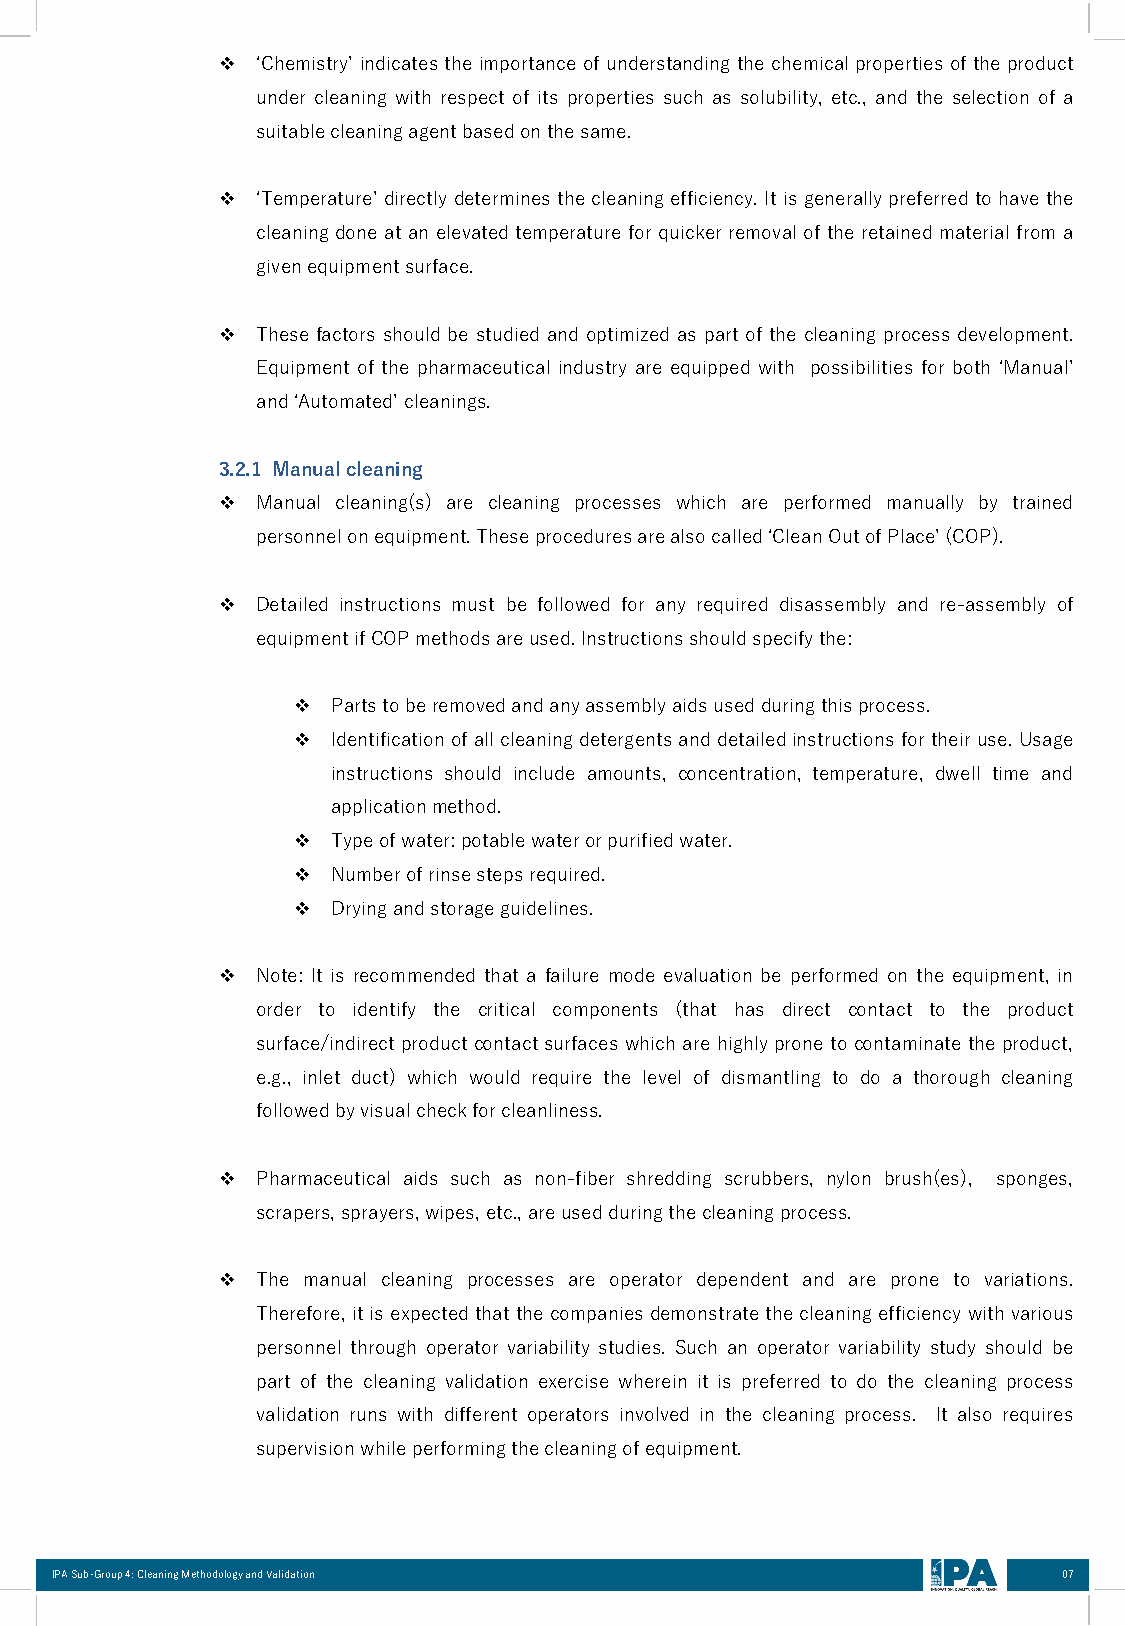
❖  ‘Chemistry’ indicates the importance of understanding the chemical properties of the product
 under cleaning with respect of its properties such as solubility, etc., and the selection of a
 suitablecleaningagentbasedonthesame.
 ❖  ‘Temperature’directly determines the cleaning efficiency.It is generally preferred to have the
 cleaning done at an elevatedtemperature for quicker removal of the retained material from a
 givenequipmentsurface.
 ❖  These factors should be studied and optimized as part of the cleaning process development.
 Equipment of the pharmaceutical industry are equipped with possibilities for both ‘Manual’
 and‘Automated’cleanings.
 3.2.1 Manualcleaning
 ❖  Manual cleaning(s) are cleaning processes which are performed manually by trained
 personnelonequipment.Theseproceduresarealsocalled‘CleanOutofPlace’(COP).
 ❖  Detailed instructions must be followed for any required disassembly and re-assembly of
 equipmentifCOPmethodsareused.Instructionsshouldspecifythe:
 ❖  Partstoberemovedandanyassemblyaidsusedduringthisprocess.
 ❖  Identificationofallcleaningdetergentsand detailedinstructionsfortheiruse. Usage
 instructions should include amounts, concentration, temperature, dwell time and
 applicationmethod.
 ❖  Typeofwater:potablewaterorpurifiedwater.
 ❖  Numberofrinsestepsrequired.
 ❖  Dryingandstorageguidelines.
 ❖  Note: It is recommended that a failure mode evaluation be performed on the equipment, in
 order to identify the critical components (that has direct contact to the product
 surface/indirect productcontactsurfaces which are highly prone to contaminate the product,
 e.g., inlet duct) which would require the level of dismantling to do a thorough cleaning
 followedbyvisualcheckforcleanliness.
 ❖  Pharmaceutical aids such as non-fiber shredding scrubbers, nylon brush(es), sponges,
 scrapers,sprayers,wipes,etc.,areusedduringthecleaningprocess.
 ❖  The manual cleaning processes are operator dependent and are prone to variations.
 Therefore,itisexpectedthatthe companiesdemonstrate thecleaningefficiencywith various
 personnel through operator variability studies. Such an operator variability study should be
 part of the cleaning validation exercise wherein it is preferred to do the cleaning process
 validation runs with different operators involved in the cleaning process. It also requires
 supervisionwhileperformingthecleaningofequipment.
 IPA Sub-Group 4: Cleaning Methodology and Validation               07